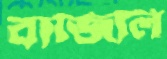
বাজিলি